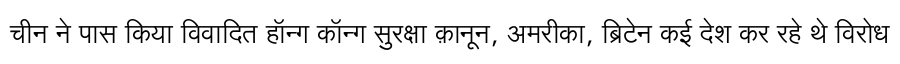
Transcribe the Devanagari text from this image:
चीन ने पास किया विवादित हॉन्ग कॉन्ग सुरक्षा क़ानून, अमरीका, ब्रिटेन कई देश कर रहे थे विरोध